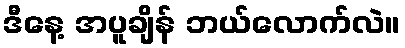
ဒီနေ့ အပူချိန် ဘယ်လောက်လဲ။